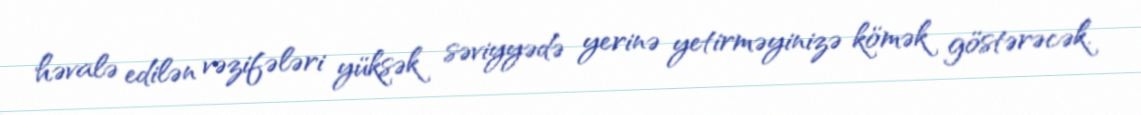
həvalə edilən vəzifələri yüksək səviyyədə yerinə yetirməyinizə kömək göstərəcək.